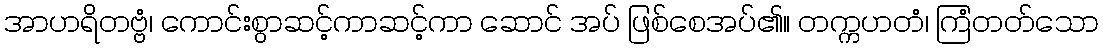
အာဟရိတဗ္ဗံ၊ ကောင်းစွာဆင့်ကာဆင့်ကာ ဆောင် အပ် ဖြစ်စေအပ်၏။ တက္ကဟတံ၊ ကြံတတ်သော